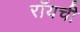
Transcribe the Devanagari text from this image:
रॉयची